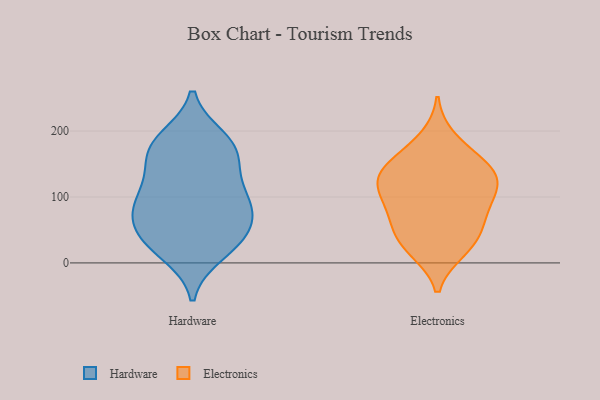
{"axis": {"x": "Gross Profit (USD K)", "y": "Value"}, "legend": ["Electronics", "Hardware"], "data": [{"x": "", "y": 120, "type": "Hardware"}, {"x": "", "y": 81, "type": "Hardware"}, {"x": "", "y": 22, "type": "Hardware"}, {"x": "", "y": 43, "type": "Hardware"}, {"x": "", "y": 36, "type": "Hardware"}, {"x": "", "y": 167, "type": "Hardware"}, {"x": "", "y": 14, "type": "Hardware"}, {"x": "", "y": 189, "type": "Hardware"}, {"x": "", "y": 97, "type": "Hardware"}, {"x": "", "y": 67, "type": "Hardware"}, {"x": "", "y": 48, "type": "Hardware"}, {"x": "", "y": 129, "type": "Hardware"}, {"x": "", "y": 168, "type": "Hardware"}, {"x": "", "y": 167, "type": "Hardware"}, {"x": "", "y": 187, "type": "Hardware"}, {"x": "", "y": 88, "type": "Hardware"}, {"x": "", "y": 86, "type": "Hardware"}, {"x": "", "y": 189, "type": "Electronics"}, {"x": "", "y": 20, "type": "Electronics"}, {"x": "", "y": 83, "type": "Electronics"}, {"x": "", "y": 51, "type": "Electronics"}, {"x": "", "y": 60, "type": "Electronics"}, {"x": "", "y": 148, "type": "Electronics"}, {"x": "", "y": 37, "type": "Electronics"}, {"x": "", "y": 143, "type": "Electronics"}, {"x": "", "y": 134, "type": "Electronics"}, {"x": "", "y": 106, "type": "Electronics"}, {"x": "", "y": 19, "type": "Electronics"}, {"x": "", "y": 161, "type": "Electronics"}, {"x": "", "y": 115, "type": "Electronics"}, {"x": "", "y": 113, "type": "Electronics"}, {"x": "", "y": 129, "type": "Electronics"}, {"x": "", "y": 80, "type": "Electronics"}]}